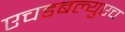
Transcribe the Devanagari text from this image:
एचडबल्युएच